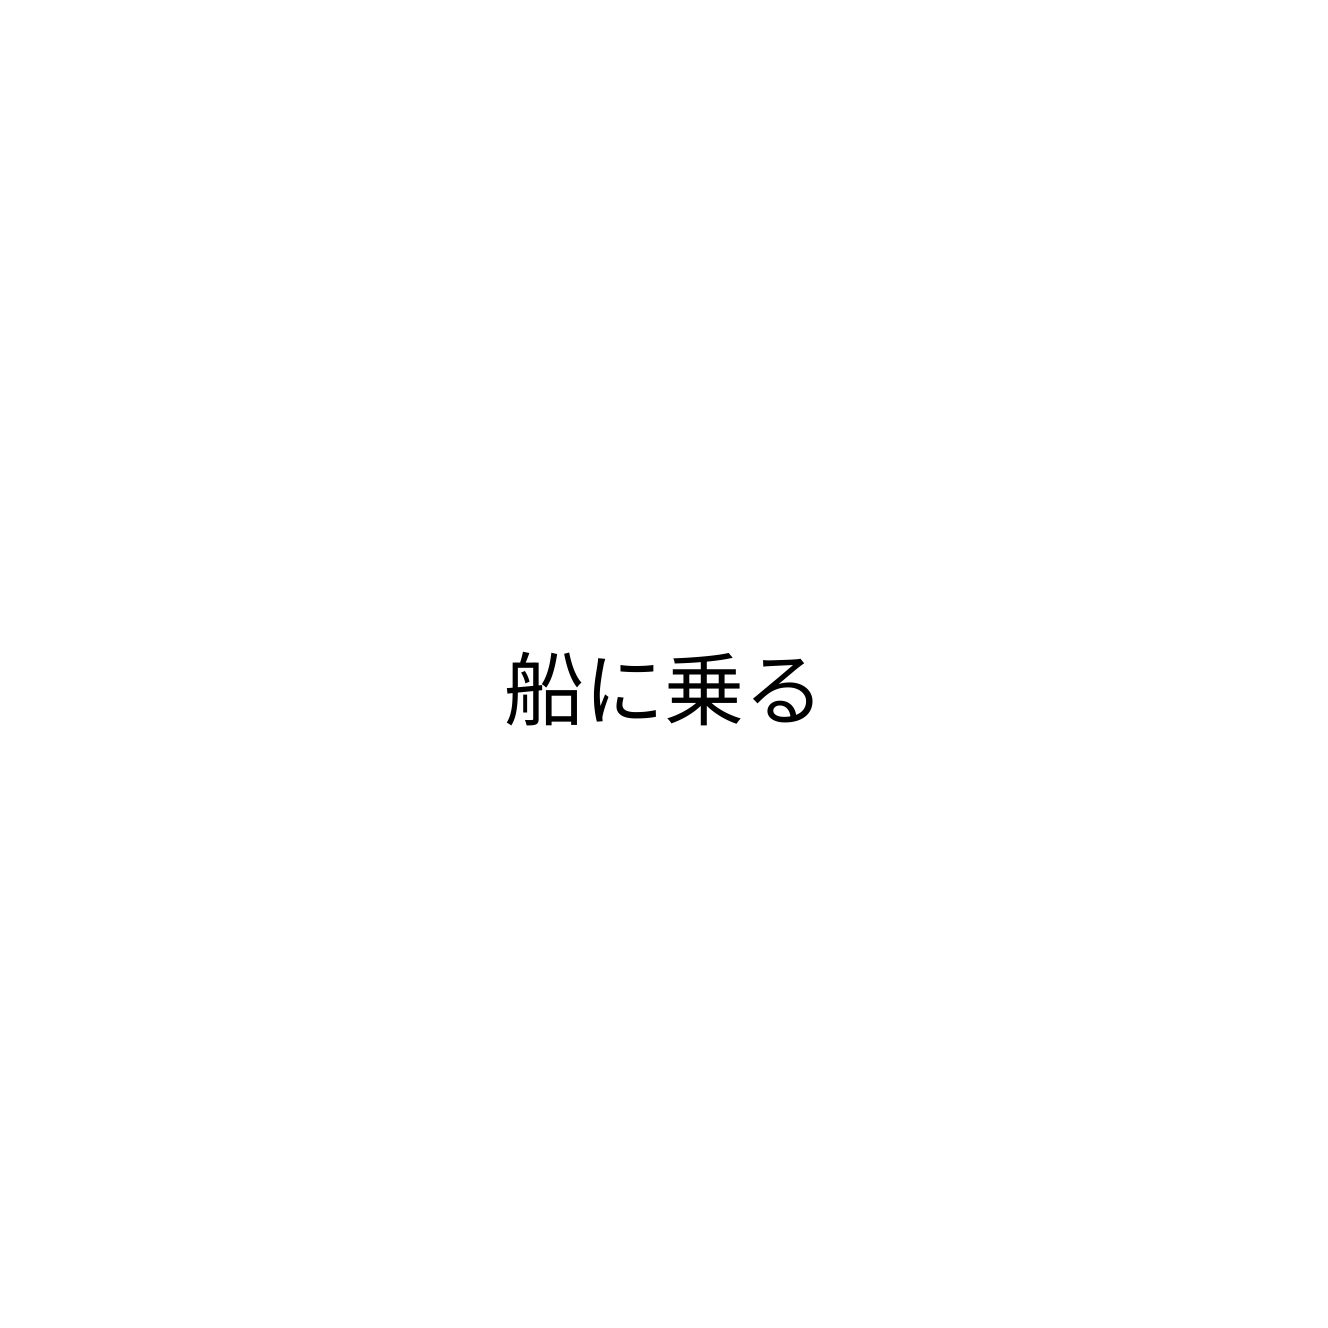
船に乗る